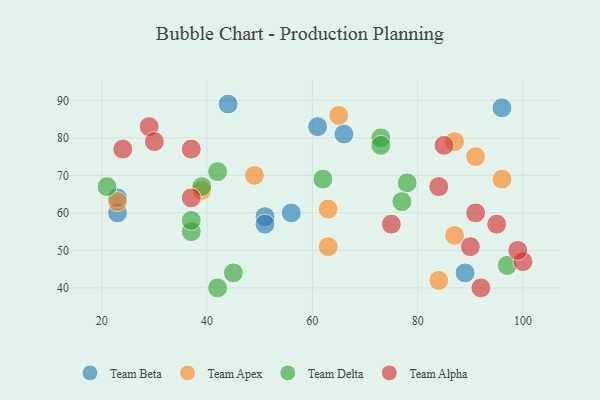
{"axis": {"x": "GDP", "y": "Life Expectancy"}, "legend": ["Team Alpha", "Team Apex", "Team Beta", "Team Delta"], "data": [{"x": "89", "y": 44, "type": "Team Beta"}, {"x": "96", "y": 88, "type": "Team Beta"}, {"x": "23", "y": 60, "type": "Team Beta"}, {"x": "51", "y": 59, "type": "Team Beta"}, {"x": "51", "y": 57, "type": "Team Beta"}, {"x": "66", "y": 81, "type": "Team Beta"}, {"x": "61", "y": 83, "type": "Team Beta"}, {"x": "56", "y": 60, "type": "Team Beta"}, {"x": "23", "y": 64, "type": "Team Beta"}, {"x": "44", "y": 89, "type": "Team Beta"}, {"x": "23", "y": 63, "type": "Team Apex"}, {"x": "84", "y": 42, "type": "Team Apex"}, {"x": "63", "y": 51, "type": "Team Apex"}, {"x": "91", "y": 75, "type": "Team Apex"}, {"x": "65", "y": 86, "type": "Team Apex"}, {"x": "87", "y": 54, "type": "Team Apex"}, {"x": "49", "y": 70, "type": "Team Apex"}, {"x": "63", "y": 61, "type": "Team Apex"}, {"x": "96", "y": 69, "type": "Team Apex"}, {"x": "39", "y": 66, "type": "Team Apex"}, {"x": "87", "y": 79, "type": "Team Apex"}, {"x": "37", "y": 55, "type": "Team Delta"}, {"x": "73", "y": 80, "type": "Team Delta"}, {"x": "73", "y": 78, "type": "Team Delta"}, {"x": "39", "y": 67, "type": "Team Delta"}, {"x": "97", "y": 46, "type": "Team Delta"}, {"x": "62", "y": 69, "type": "Team Delta"}, {"x": "21", "y": 67, "type": "Team Delta"}, {"x": "37", "y": 58, "type": "Team Delta"}, {"x": "78", "y": 68, "type": "Team Delta"}, {"x": "42", "y": 40, "type": "Team Delta"}, {"x": "45", "y": 44, "type": "Team Delta"}, {"x": "77", "y": 63, "type": "Team Delta"}, {"x": "42", "y": 71, "type": "Team Delta"}, {"x": "92", "y": 40, "type": "Team Alpha"}, {"x": "91", "y": 60, "type": "Team Alpha"}, {"x": "85", "y": 78, "type": "Team Alpha"}, {"x": "100", "y": 47, "type": "Team Alpha"}, {"x": "29", "y": 83, "type": "Team Alpha"}, {"x": "24", "y": 77, "type": "Team Alpha"}, {"x": "37", "y": 64, "type": "Team Alpha"}, {"x": "99", "y": 50, "type": "Team Alpha"}, {"x": "75", "y": 57, "type": "Team Alpha"}, {"x": "37", "y": 77, "type": "Team Alpha"}, {"x": "95", "y": 57, "type": "Team Alpha"}, {"x": "30", "y": 79, "type": "Team Alpha"}, {"x": "84", "y": 67, "type": "Team Alpha"}, {"x": "90", "y": 51, "type": "Team Alpha"}]}